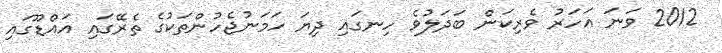
2012 ވަނަ އަހަރު ވެެރިކަން ބަދަލުވެ ހިނގައި ދިޔަ ހަމަނުޖެހުންތަކުގެ ތެރޭގައި އައްޑޫގައި